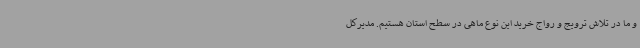
و ما در تلاش ترویج و رواج خرید این نوع ماهی در سطح استان هستیم. مدیرکل